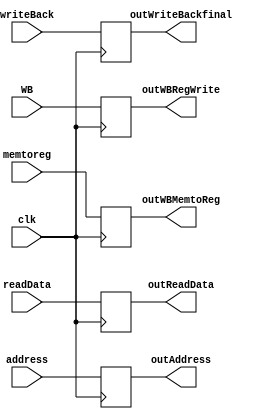
module MEMWEB ( outReadData, outWBRegWrite,outWBMemtoReg, outAddress, outWriteBackfinal,readData, address, WB,memtoreg, writeBack,clk);   

    input  clk;
    input wire [31:0] readData, address;
    input wire [4:0] writeBack;
    input wire WB,memtoreg;
    output reg [31:0] outReadData, outAddress;
    output reg [4:0]  outWriteBackfinal;
    output reg outWBRegWrite,outWBMemtoReg;

    always @(posedge clk)
    begin
    outReadData <= readData;
    outWBRegWrite <= WB;
    outAddress <= address;
    outWBMemtoReg<=memtoreg;
    outWriteBackfinal <= writeBack;
    end 
    
endmodule